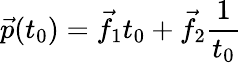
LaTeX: {\vec{p}}(t_{0})={\vec{f}}_{1}t_{0}+{\vec{f}}_{2}{\frac{1}{t_{0}}}